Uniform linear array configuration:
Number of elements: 48
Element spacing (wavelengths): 0.75
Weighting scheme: blackman
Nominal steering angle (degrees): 45
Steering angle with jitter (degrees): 45.504
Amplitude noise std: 0.05
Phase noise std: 0.05

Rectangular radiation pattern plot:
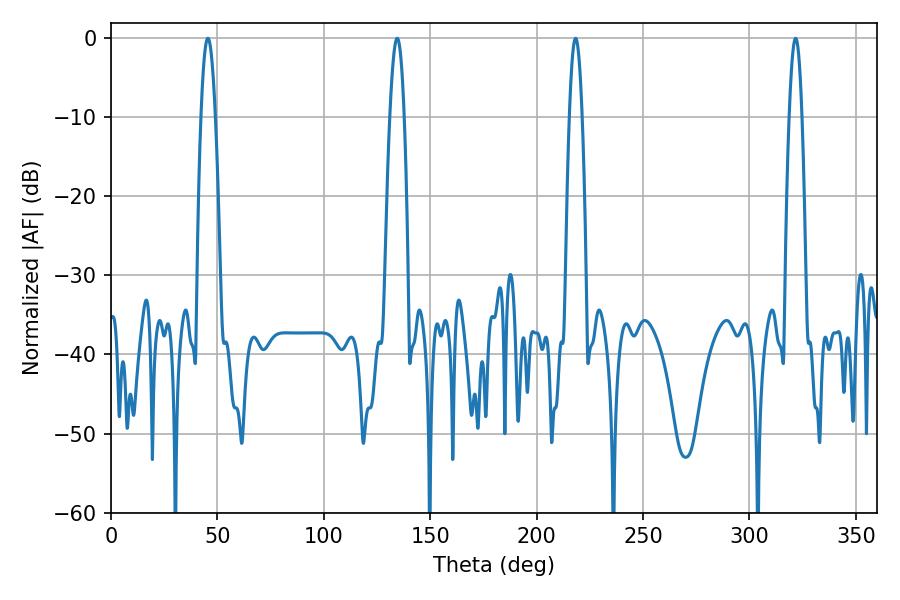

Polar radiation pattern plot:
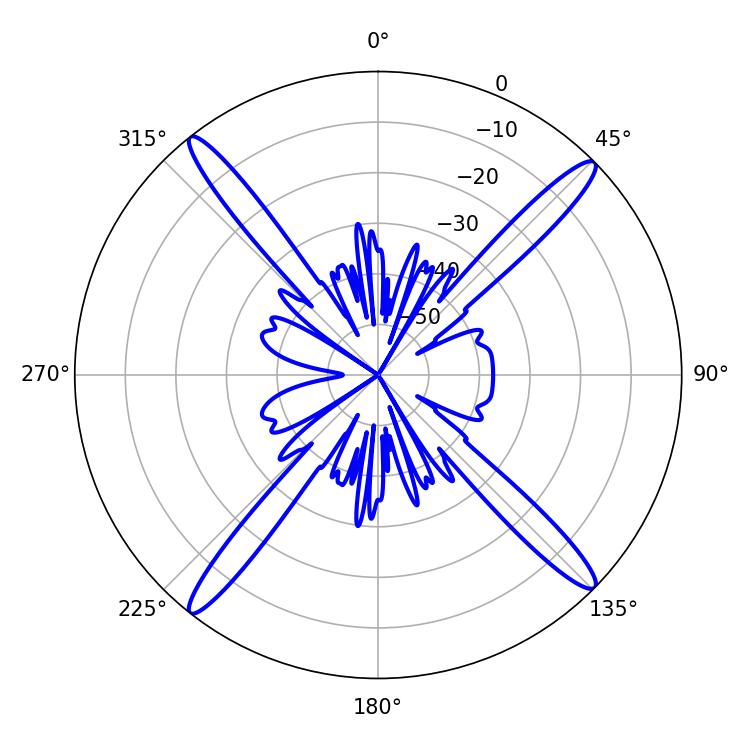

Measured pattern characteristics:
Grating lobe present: TRUE
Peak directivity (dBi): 19.463
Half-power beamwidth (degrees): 3.6
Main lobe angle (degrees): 45.54